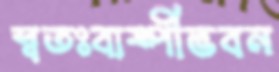
স্বতঃবাষ্পীভবন